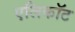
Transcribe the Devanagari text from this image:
एलिकॉट